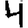
Digit: 4